Vaccination United Provinces of Agra and Oudh 1914-1922 - 1914-1922
Year: 1914
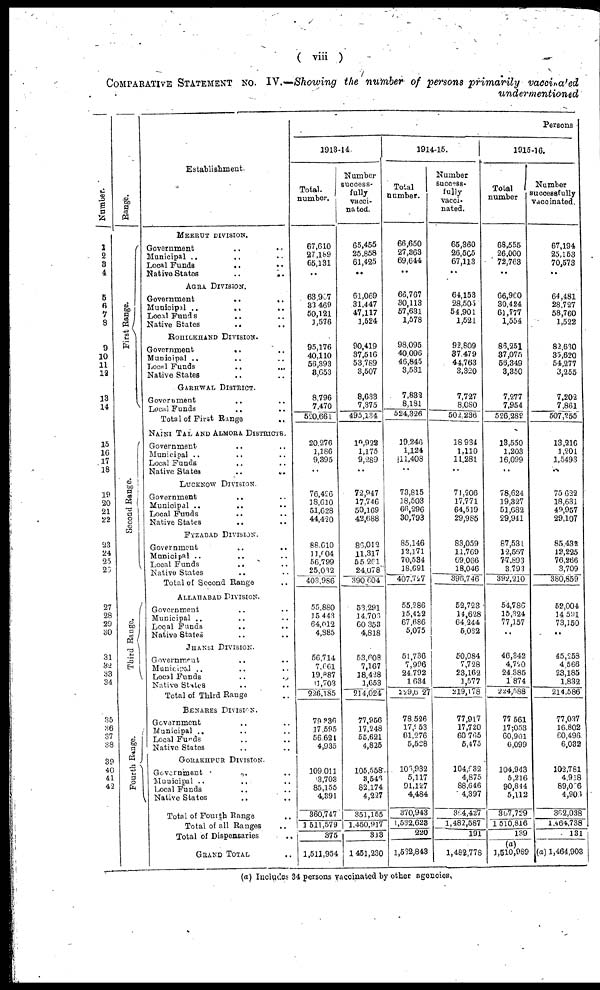
( viii )
COMPARATIVE STATEMENT No. IV.—Showing the number of persons primarily
vaccinated
undermentioned
Number.
1
2
3
4
5
6
7
8
9
10
11
13
13
14
15
16
17
18
19
20
21
22
23
24
25
26
27
28
29
30
31
32
33
34
35
36
37
38
39
40
41
42
43
Range.
First Range.
Second Range.
Third Range.
Fourth Range.
Establishment
MEERUT DIVISION.
Government
.. ..
Municipal .. .. ..
Local Funds .. ..
Native States
.. ..
AGRA DIVISION.
Government .. ..
Municipal .. ..
Local Funds
.. ..
Native States
.. ..
ROHILKHAND DIVISION.
Government
.. ..
Municipal .. ..
Local Funds .. ..
Native States .. ..
GARHWAL DISTRICT.
Government .. ..
Local Funds
Total of First Range ..
NAINI TAL AND ALMORA DISTRICTS.
Gvernment .. ..
Municipal .. ..
Local Funds .. ..
Native States .. ..
LUCKNOW DIVISION
Government .. ..
Municipal .. ..
Local Funds .. ..
Native States .. ..
FYZABAD DIVISION.
Government .. ..
Municipal .. ..
Local Funds .. ..
Native States .. ..
Total of Second Range ..
ALLAHABAD DIVISION.
Government .. ..
Municipal .. .. ..
Local Funds
.. ..
Native States .. .. ..
JHANSI DIVISION.
Government .. ..
Municipal .. ..
Local Funds .. ..
Native States .. ..
Total of Third Range ..
BENARES DIVISION.
Government .. ..
Municipal .. ..
Local Funds .. ..
Native States .. ..
GORAKHPUR DIVISION.
Government
.. ..
Municipal .. ..
Local Funds .. ..
Native States .. ..
Total of Fourth Range ..
Total of all Ranges ..
Total of Dispensaries ..
GRAND TOTAL ..
Persons
1913-14
Total
number.
67,610
27,189
65,131
..
63,967
33 469
50,121
1,576
95,176
40,110
56,393 3,653
8,796
7,470 520,661
20,276
1,186
9,395
..
76,426
19,610
51,628
44,420
88,610
11,004
56,799
25,032
403,986
55,880
15 443
64,012
4,885
56,714
7,661
19,887
11,703
226,185
79,336
17,595
56,621
4,935
109,011
3,703
85,155
4,391
360,747
1,511,579
375
1,511,954
Number
success-
fully
vacci-
nated.
65,465
25,858
61,425
..
61,069
31,447
47,117
1,524
90,419
37,516
53 789
3,507
8,633
7 375
495,134
19,922
1,175
9,289
..
72,947
17,746
50,169
42,688
86,012
11,317
55,261
24,078
390,604
53,291
14,706
60,353
4,818
53,608
7,167
18,428
1,653
214,024
77,956
17,248
55,621
4,825
105,558
3,546
82,174
4,227
351,155
1,450,917
313
1,451,230
1914-15.
Total
number.
66,650
27,363
69,644
..
66,767
30,113
57,631
1,578
98,095
40,096
46,845
3,531
7,832
8,181
524,326
19,246
1,124
11,408
..
73,815
18,503
66,296
30,793
85,146
12,171
70,534
18,691
407,727
55,286
15,422
67,686
5,075
51,736
7,996
24,792
1,634
229,627
78,526
17,953
61,276
5,528
106,932
5,117
91,127
4,484
370,943
1,532,623
220
1,532,843
Number
success-
fully
vacci-
nated.
65,360
26,505
67,113
..
64,153
28,505
54,901
1,521
92,809
44 763
3,320
3,320
7,727
8,080
502,236
18,934
1,110
11,281
..
71,206
17,771
64,519
29,985
83,059
11,769
69,066
18,046
396,746
52,723
14,628
64,244
5,032
50,084
7,728
23,162
1,577
219,178
77,917
17,720
60,765
5,475
104,932
4,875
88,646
4,397
364,427
1,482,587
191
1,482,778
1915-16.
Total
number
68,556
26,000
72,763
..
66,960
30,424
61,777
1,554
86,251
37,075
58,349
3,350
7,277
7,954
526,289
13,550
1,203
16,099
..
78,624
19,327
51,682
29,941
87,531
12,567
77,893
3,793
392,210
54,786
15,324
77,157
..
46,342
4,720
24,385
1,874
224,588
77,561
17,053
60,901
6,099
104,943
5,216
90,844
5,112
367,729
1,510,816
139
(a)
1,510,989
Number
successfully
vaccinated.
67,194
25,153
70,573
..
64,481
28,727
58,760
1,522
82,630
35,620
54,277
3,255
7,202
7,861
507,255
13,216
1,201
1,5493
..
75,622
18,631
49,957
29,107
85,432
12,225
76,266
3,709
380,859
52,004
14,591
73,150
..
45,258
4,566
23,185
1,832
214,586
77,037
16,802
60,496
6,032
102,781
4,918
89,066
4,906
362,038
1464,738
131
(a) 1,464,903
(a) Includes 34 persons vaccinated by other agencies.